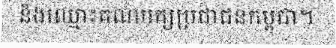
និងឈ្មោះគណបក្សប្រជាជនកម្ពុជា។